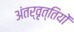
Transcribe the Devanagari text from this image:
अंतर्वृत्तियों